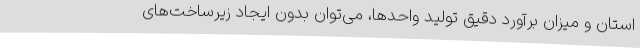
استان و میزان برآورد دقیق تولید واحدها، می‌توان بدون ایجاد زیرساخت‌های